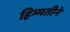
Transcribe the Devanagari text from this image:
हिम्मतीने